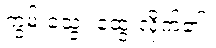
ကွမ်းသွေး ထွေးလိုက်၏။